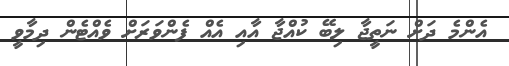
އެންމެ ދަށް ނަތީޖާ ލިބޭ ކުއްޖާ އާއި އެއް ފެންވަރަށް ވެއްޓެން ދިމާވީ